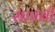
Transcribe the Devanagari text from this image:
सहाबी